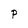
Character: P